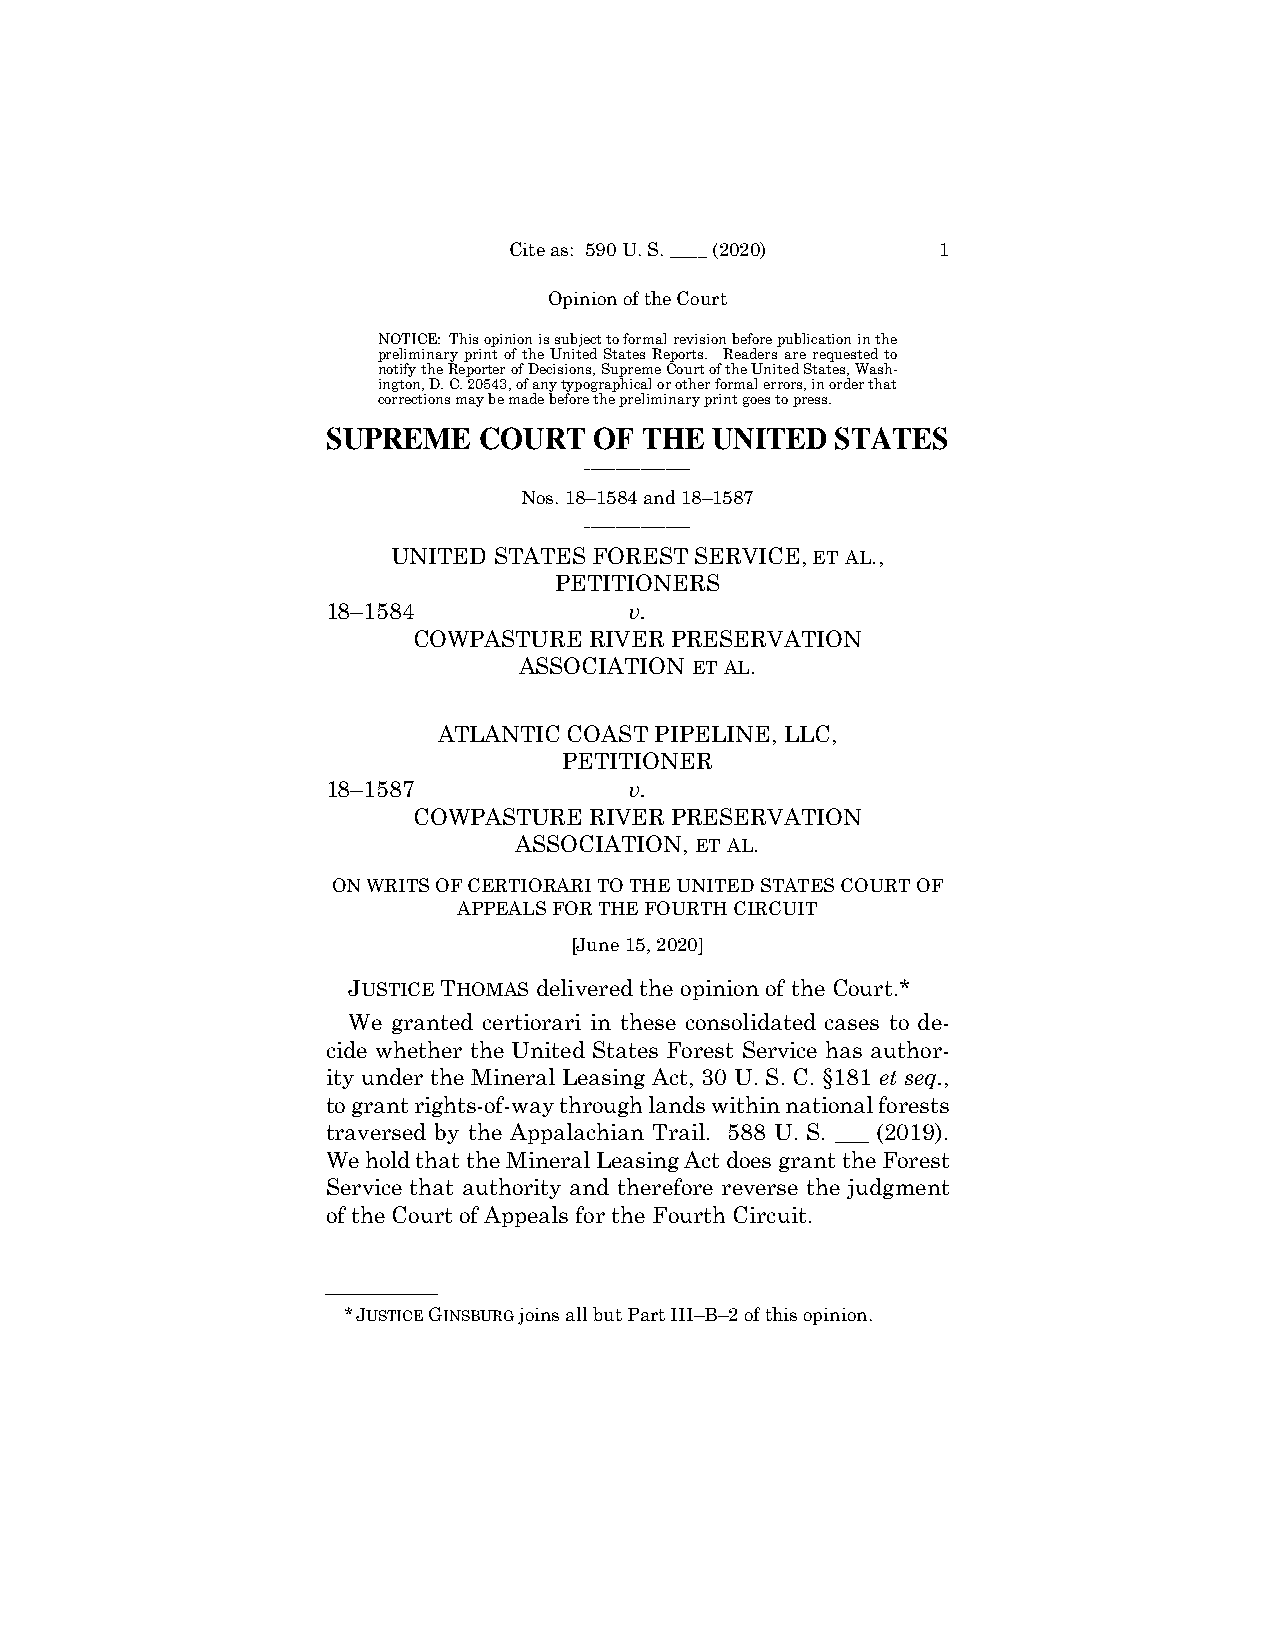
Cite as: 590 U. S. ____ (2020) 1
 Opinion of the Court
 NOTICE: This opinion is subject to formal revision before publication in the
 preliminary print of the United States Reports. Readers are requested to
 notify the Reporter of Decisions, Supreme Court of the United States, Wash-
 ington, D. C. 20543, of any typographical or other formal errors, in order that
 corrections may be made before the preliminary print goes to press.
 SUPREME   COURT  OF THE  UNITED  STATES
 _________________
 Nos. 18–1584 and 18–1587
 _________________
 UNITED STATES FOREST SERVICE, ET AL.,
 PETITIONERS
 18–1584             v.
 COWPASTURE  RIVER PRESERVATION
 ASSOCIATION ET AL.
 ATLANTIC COAST PIPELINE, LLC,
 PETITIONER
 18–1587             v.
 COWPASTURE  RIVER PRESERVATION
 ASSOCIATION, ET AL.
 ON WRITS OF CERTIORARI TO THE UNITED STATES COURT OF
 APPEALS FOR THE FOURTH CIRCUIT
 [June 15, 2020]
 JUSTICE THOMAS delivered the opinion of the Court.*
 We granted certiorari in these consolidated cases to de-
 cide whether the United States Forest Service has author-
 ity under the Mineral Leasing Act, 30 U. S. C. §181 et seq.,
 to grant rights-of-way through lands within national forests
 traversed by the Appalachian Trail. 588 U. S. ___ (2019).
 We hold that the Mineral Leasing Act does grant the Forest
 Service that authority and therefore reverse the judgment
 of the Court of Appeals for the Fourth Circuit.
 ——————
 * JUSTICE GINSBURG joins all but Part III–B–2 of this opinion.